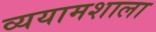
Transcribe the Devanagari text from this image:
व्ययामशाला